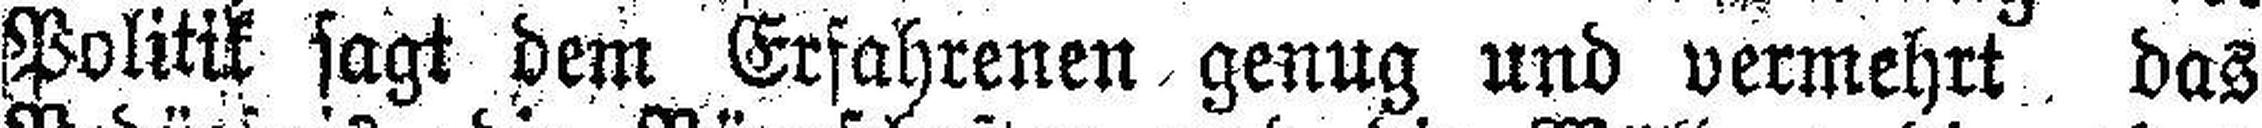
Politik sagt dem Erfahrenen genug und vermehrt das